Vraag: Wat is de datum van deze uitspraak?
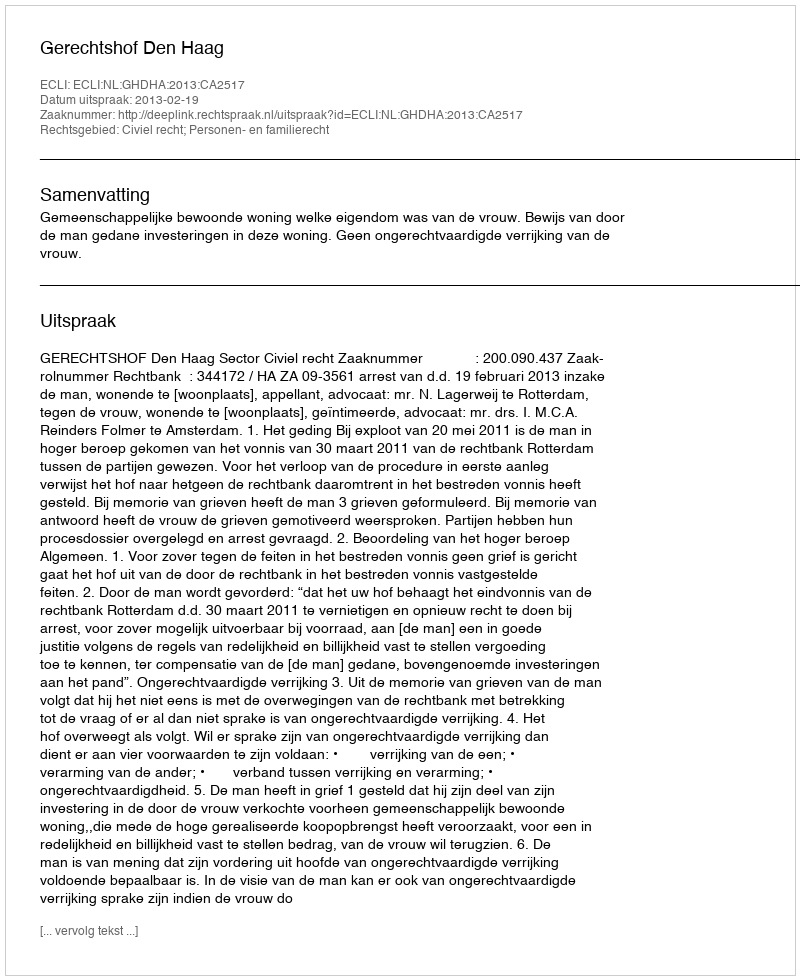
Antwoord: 2013-02-19